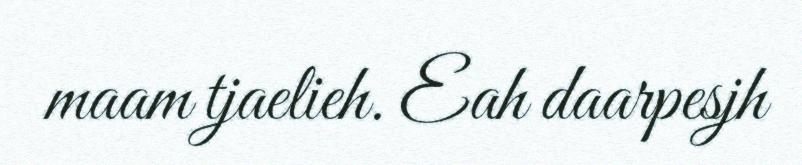
maam tjaelieh. Eah daarpesjh